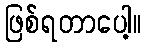
ဖြစ်ရတာပေါ့။